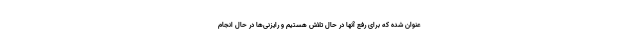
عنوان شده که برای رفع آنها در حال تلاش هستیم و رایزنی‌ها در حال انجام